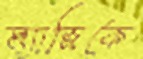
ম্যাজিকে